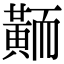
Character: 𪎿